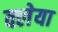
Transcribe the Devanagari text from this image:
क्लेया